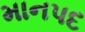
માનપદ